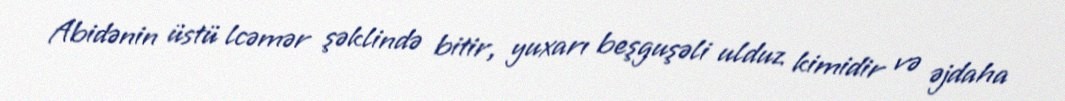
Abidənin üstü lcəmər şəklində bitir, yuxarı beşguşəli ulduz kimidir və əjdaha